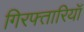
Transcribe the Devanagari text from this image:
गिरफ्तारियॉ